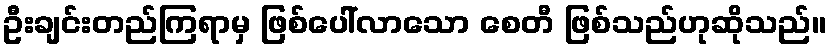
ဦးချင်းတည်ကြရာမှ ဖြစ်ပေါ်လာသော စေတီ ဖြစ်သည်ဟုဆိုသည်။